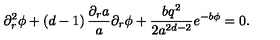
\partial _ { r } ^ { 2 } \phi + \left( d - 1 \right) \frac { \partial _ { r } a } { a } \partial _ { r } \phi + \frac { b q ^ { 2 } } { 2 a ^ { 2 d - 2 } } e ^ { - b \phi } = 0 .